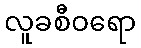
လူခစီဝရော